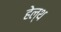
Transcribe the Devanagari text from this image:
हेल्‍थ